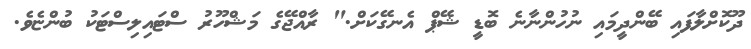
ދޫކޮށްލާފައި ބޭންދީމައި ނުހުންނާނެ ބޮޑީ ޝޭޕް އެނގޭކަށް." ރާއްޖޭގެ މަޝްހޫރު ސްޓައިލިސްޓަކު ބުންޏެވެ.